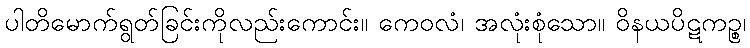
ပါတိမောက်ရွတ်ခြင်းကိုလည်းကောင်း။ ကေဝလံ၊ အလုံးစုံသော။ ဝိနယပိဋကဉ္စ၊